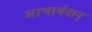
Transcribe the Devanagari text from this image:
आचार्यवान्